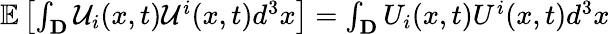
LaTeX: \begin{array}{r}{\mathbb{E}\left[\int_{\mathbf{D}}\mathcal{U}_{i}(x,t)\mathcal{U}^{i}(x,t)d^{3}x\right]=\int_{\mathbf{D}}U_{i}(x,t)U^{i}(x,t)d^{3}x}\end{array}